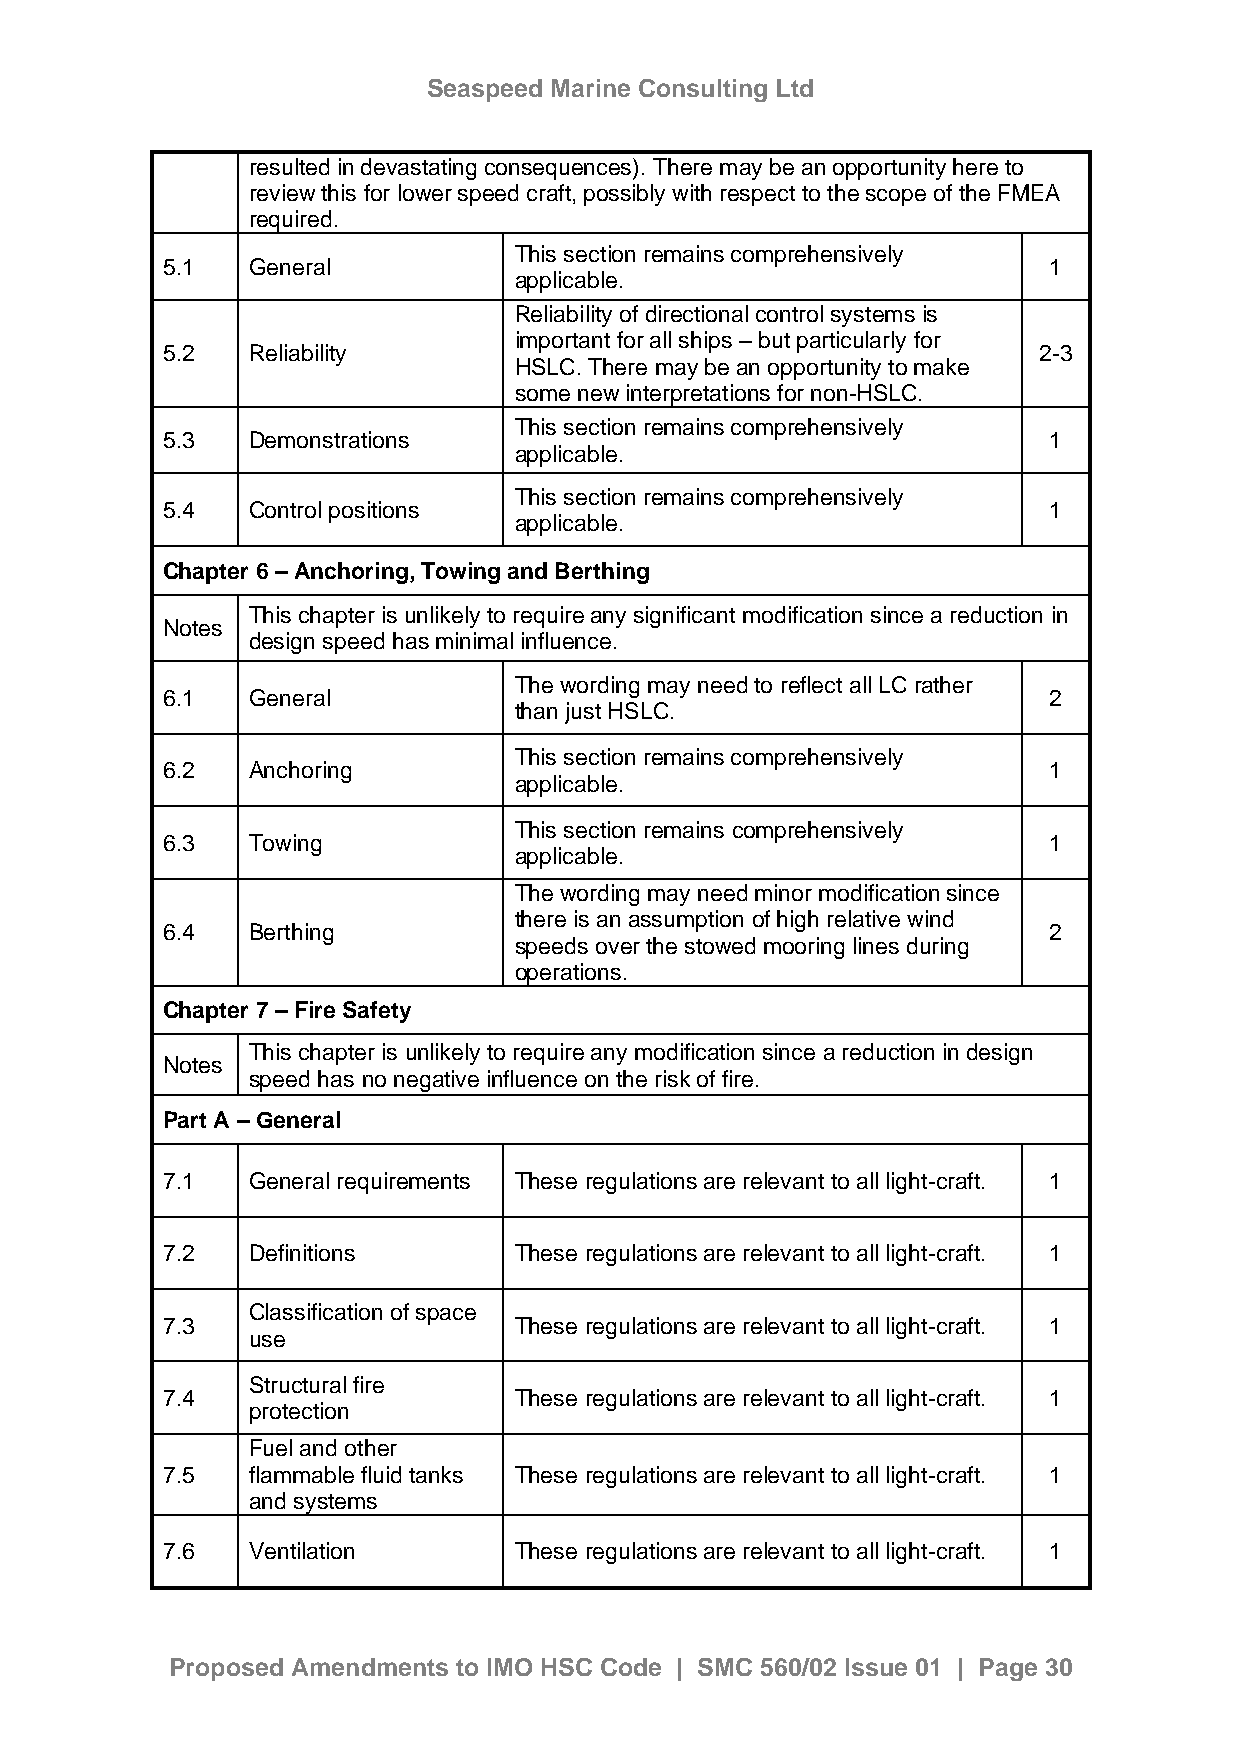
Seaspeed Marine Consulting Ltd
 resulted in devastating consequences). There may be an opportunity here to
 review this for lower speed craft, possibly with respect to the scope of the FMEA
 required.
 This section remains comprehensively
 5.1  General                                              1
 applicable.
 Reliability of directional control systems is
 important for all ships – but particularly for
 5.2  Reliability                                          2-3
 HSLC. There may be an opportunity to make
 some new interpretations for non-HSLC.
 This section remains comprehensively
 5.3  Demonstrations                                       1
 applicable.
 This section remains comprehensively
 5.4  Control positions                                    1
 applicable.
 Chapter 6 – Anchoring, Towing and Berthing
 This chapter is unlikely to require any significant modification since a reduction in
 Notes
 design speed has minimal influence.
 The wording may need to reflect all LC rather
 6.1  General                                              2
 than just HSLC.
 This section remains comprehensively
 6.2  Anchoring                                            1
 applicable.
 This section remains comprehensively
 6.3  Towing                                               1
 applicable.
 The wording may need minor modification since
 there is an assumption of high relative wind
 6.4  Berthing                                             2
 speeds over the stowed mooring lines during
 operations.
 Chapter 7 – Fire Safety
 This chapter is unlikely to require any modification since a reduction in design
 Notes
 speed has no negative influence on the risk of fire.
 Part A – General
 7.1  General requirements These regulations are relevant to all light-craft. 1
 7.2  Definitions       These regulations are relevant to all light-craft. 1
 Classification of space
 7.3                    These regulations are relevant to all light-craft. 1
 use
 Structural fire
 7.4                    These regulations are relevant to all light-craft. 1
 protection
 Fuel and other
 7.5  flammable fluid tanks These regulations are relevant to all light-craft. 1
 and systems
 7.6  Ventilation       These regulations are relevant to all light-craft. 1
 Proposed Amendments to IMO HSC Code | SMC 560/02 Issue 01 | Page 30